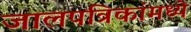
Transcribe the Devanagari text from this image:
जालपत्रिकांमध्ये